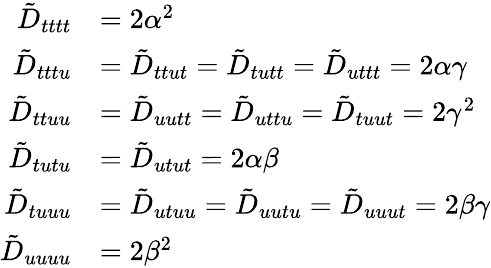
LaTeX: \begin{array}{rl}{\tilde{D}_{tttt}}&{=2\alpha^{2}}\\ {\tilde{D}_{tttu}}&{=\tilde{D}_{ttut}=\tilde{D}_{tutt}=\tilde{D}_{uttt}=2\alpha\gamma}\\ {\tilde{D}_{ttuu}}&{=\tilde{D}_{uutt}=\tilde{D}_{uttu}=\tilde{D}_{tuut}=2\gamma^{2}}\\ {\tilde{D}_{tutu}}&{=\tilde{D}_{utut}=2\alpha\beta}\\ {\tilde{D}_{tuuu}}&{=\tilde{D}_{utuu}=\tilde{D}_{uutu}=\tilde{D}_{uuut}=2\beta\gamma}\\ {\tilde{D}_{uuuu}}&{=2\beta^{2}}\end{array}